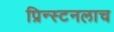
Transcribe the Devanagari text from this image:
प्रिन्स्टनलाच